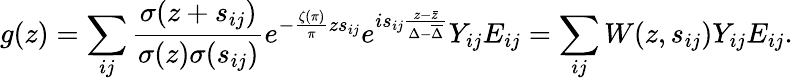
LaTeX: g(z)=\sum_{ij}\frac{\sigma(z+s_{ij})}{\sigma(z)\sigma(s_{ij})}e^{-\frac{\zeta(\pi)}{\pi}zs_{ij}}e^{is_{ij}\frac{z-\bar{z}}{\Delta-\overline{{\Delta}}}}Y_{ij}E_{ij}=\sum_{ij}W(z,s_{ij})Y_{ij}E_{ij}.